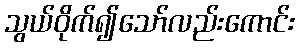
သွယ်ဝိုက်၍သော်လည်းကောင်း